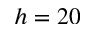
h = 2 0